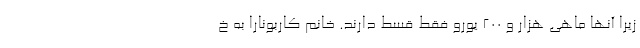
زیرا آنها ماهی هزار و ۲۰۰ یورو فقط قسط دارند. خانم کاربونارا به خ